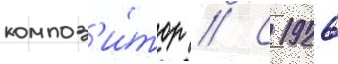
композ'и́тор // С 1926